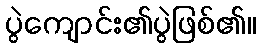
ပွဲကျောင်း၏ပွဲဖြစ်၏။